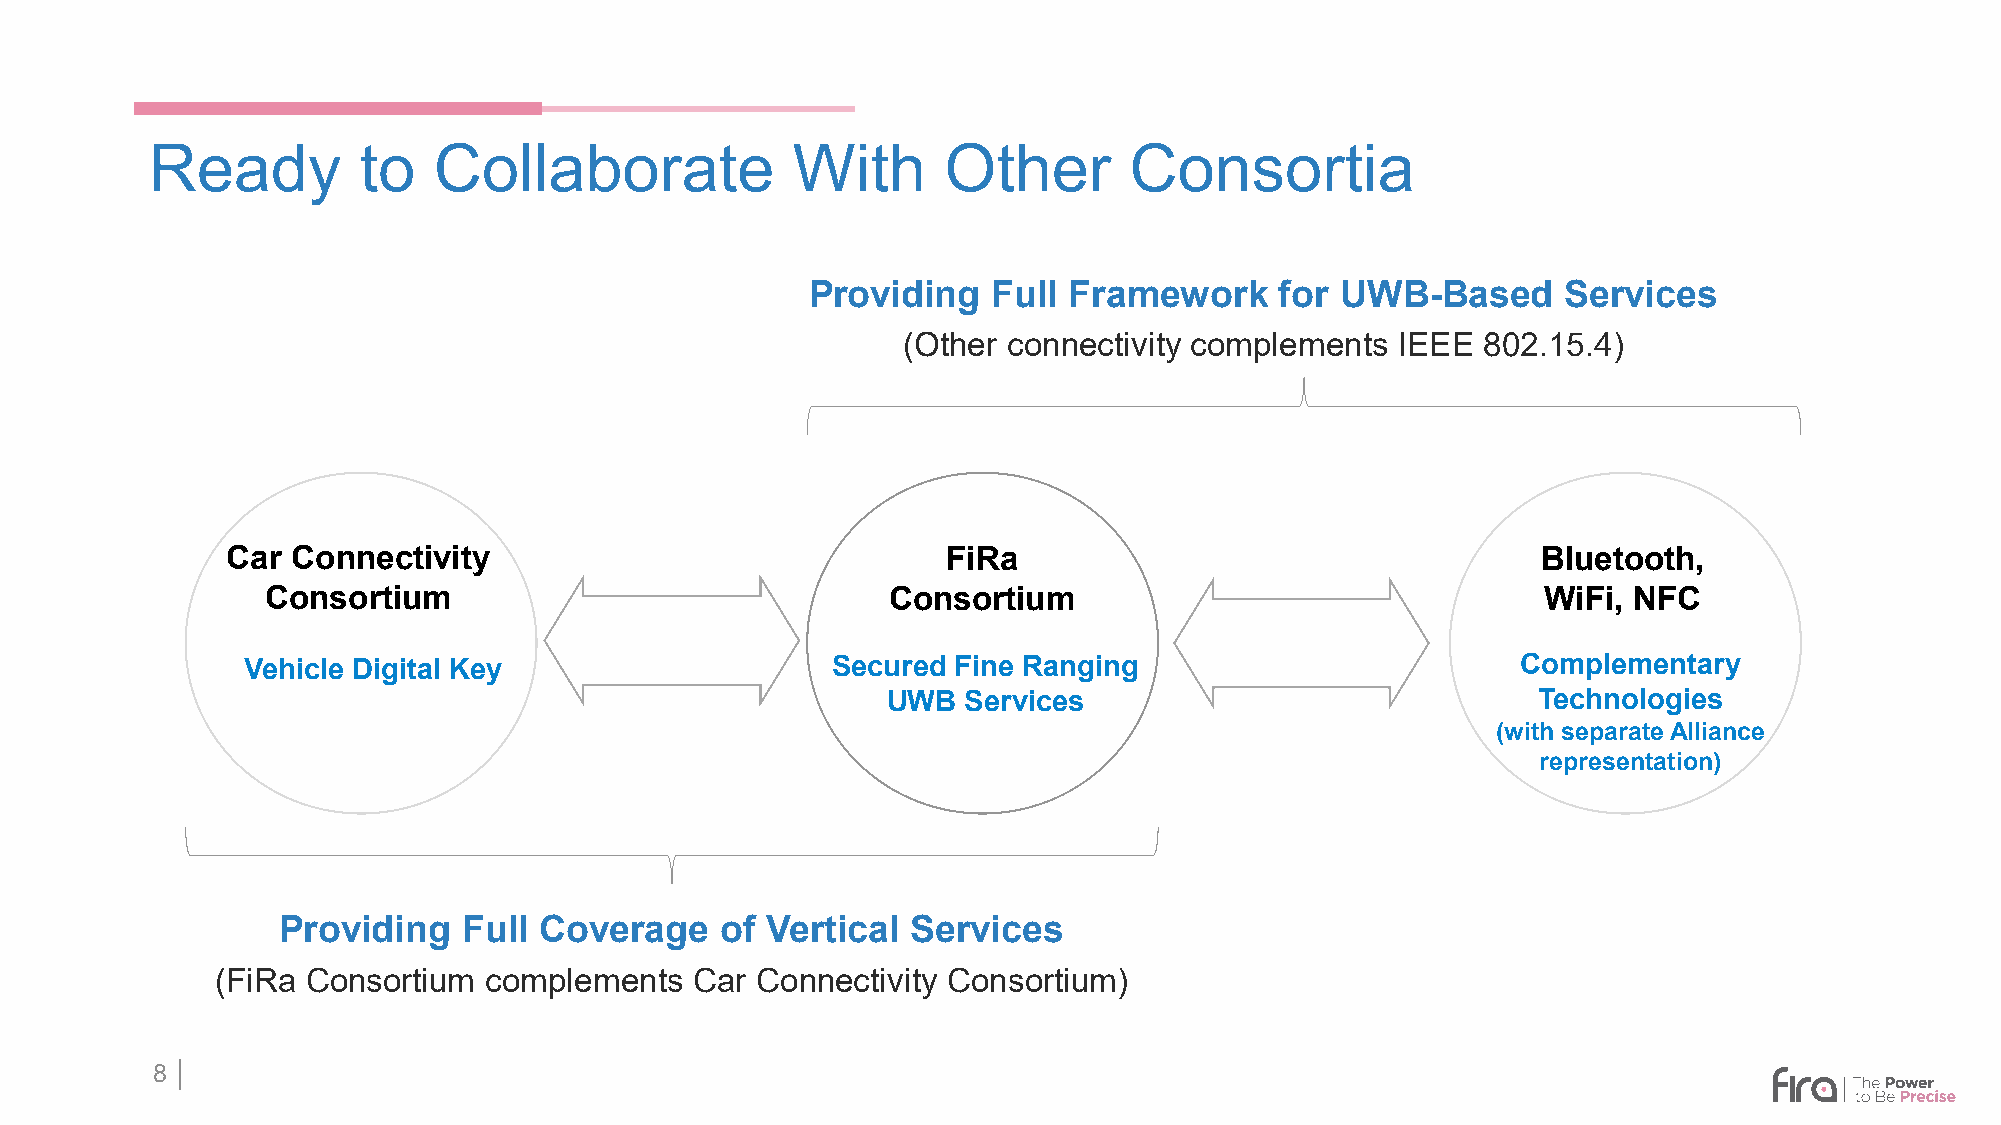
Ready         to   Collaborate            With      Other        Consortia
 Providing   Full Framework     for UWB-Based      Services
 (Other connectivity complements  IEEE 802.15.4)
 Car Connectivity                                FiRa                                   Bluetooth,
 Consortium                               Consortium                                 WiFi, NFC
 Vehicle Digital Key                    Secured Fine Ranging                          Complementary
 UWB  Services                              Technologies
 (with separate Alliance
 representation)
 Providing    Full Coverage    of Vertical Services
 (FiRa Consortium  complements   Car Connectivity Consortium)
 8 │